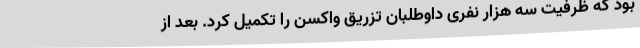
بود که ظرفیت سه هزار نفری داوطلبان تزریق واکسن را تکمیل کرد. بعد از